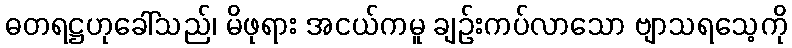
ဓတရဋ္ဌဟုခေါ်သည်၊ မိဖုရား အငယ်ကမူ ချဉ်းကပ်လာသော ဗျာသရသေ့ကို